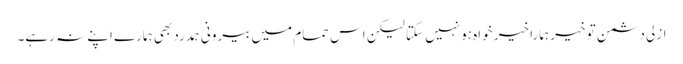
ازلی دشمن تو خیر ہمارا خیر خواہ ہو نہیں سکتا لیکن اس حمام میں بیرونی ہمدرد بھی ہمارے اپنے نہ رہے۔